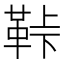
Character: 鞐